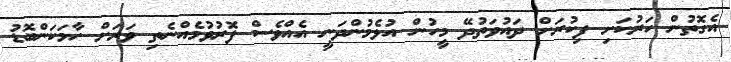
އެގޮތުން ހަރުކަށި ފިކުރަށް ދައުވަތުދޭ މީހުން އުޅެމުންދަނީ އެއްވެސް ފޮރުވުމެއްނެތި ވަރަށް ހާމަކަންބޮޑު